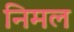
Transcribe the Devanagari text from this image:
निमल